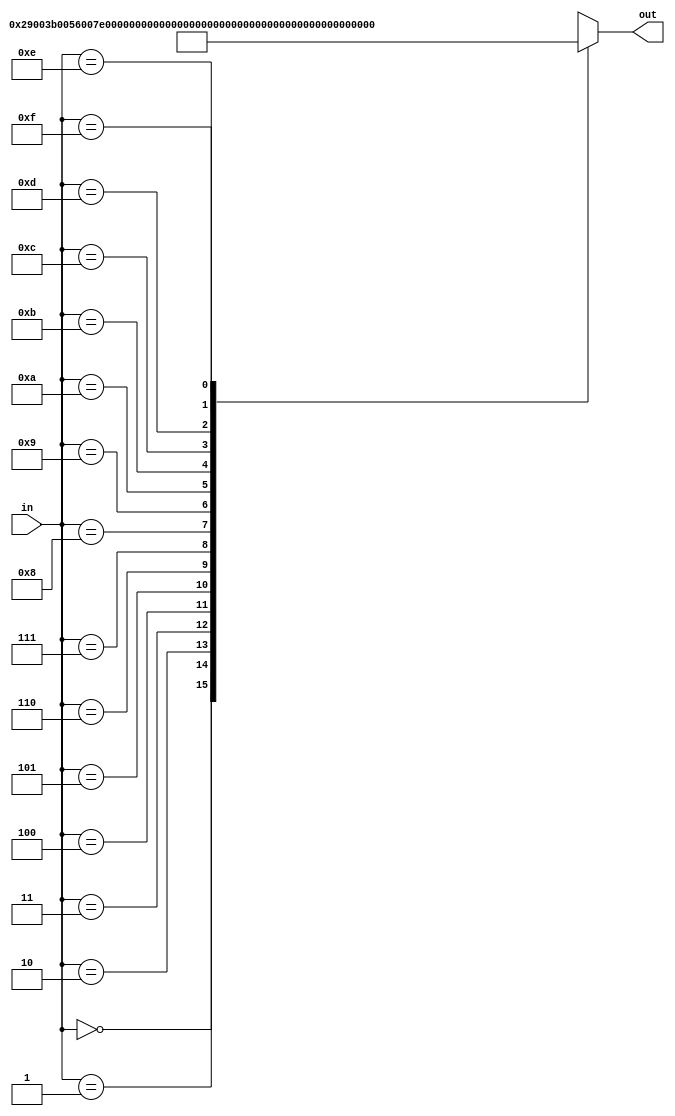
module aytab
(
	input  wire [ 3:0] in,
	output wire [15:0] out
);
	wire [15:0] tbl [0:15];

	assign tbl[ 0] = 16'h0000;
	assign tbl[ 1] = 16'h0290;
	assign tbl[ 2] = 16'h03B0;
	assign tbl[ 3] = 16'h0560;
	assign tbl[ 4] = 16'h07E0;
	assign tbl[ 5] = 16'h0BB0;
	assign tbl[ 6] = 16'h1080;
	assign tbl[ 7] = 16'h1B80;
	assign tbl[ 8] = 16'h2070;
	assign tbl[ 9] = 16'h3480;
	assign tbl[10] = 16'h4AD0;
	assign tbl[11] = 16'h5F70;
	assign tbl[12] = 16'h7E10;
	assign tbl[13] = 16'hA2A0;
	assign tbl[14] = 16'hCE40;
	assign tbl[15] = 16'hFFFF;


	assign out = tbl[in];

endmodule